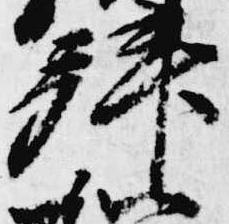
拝